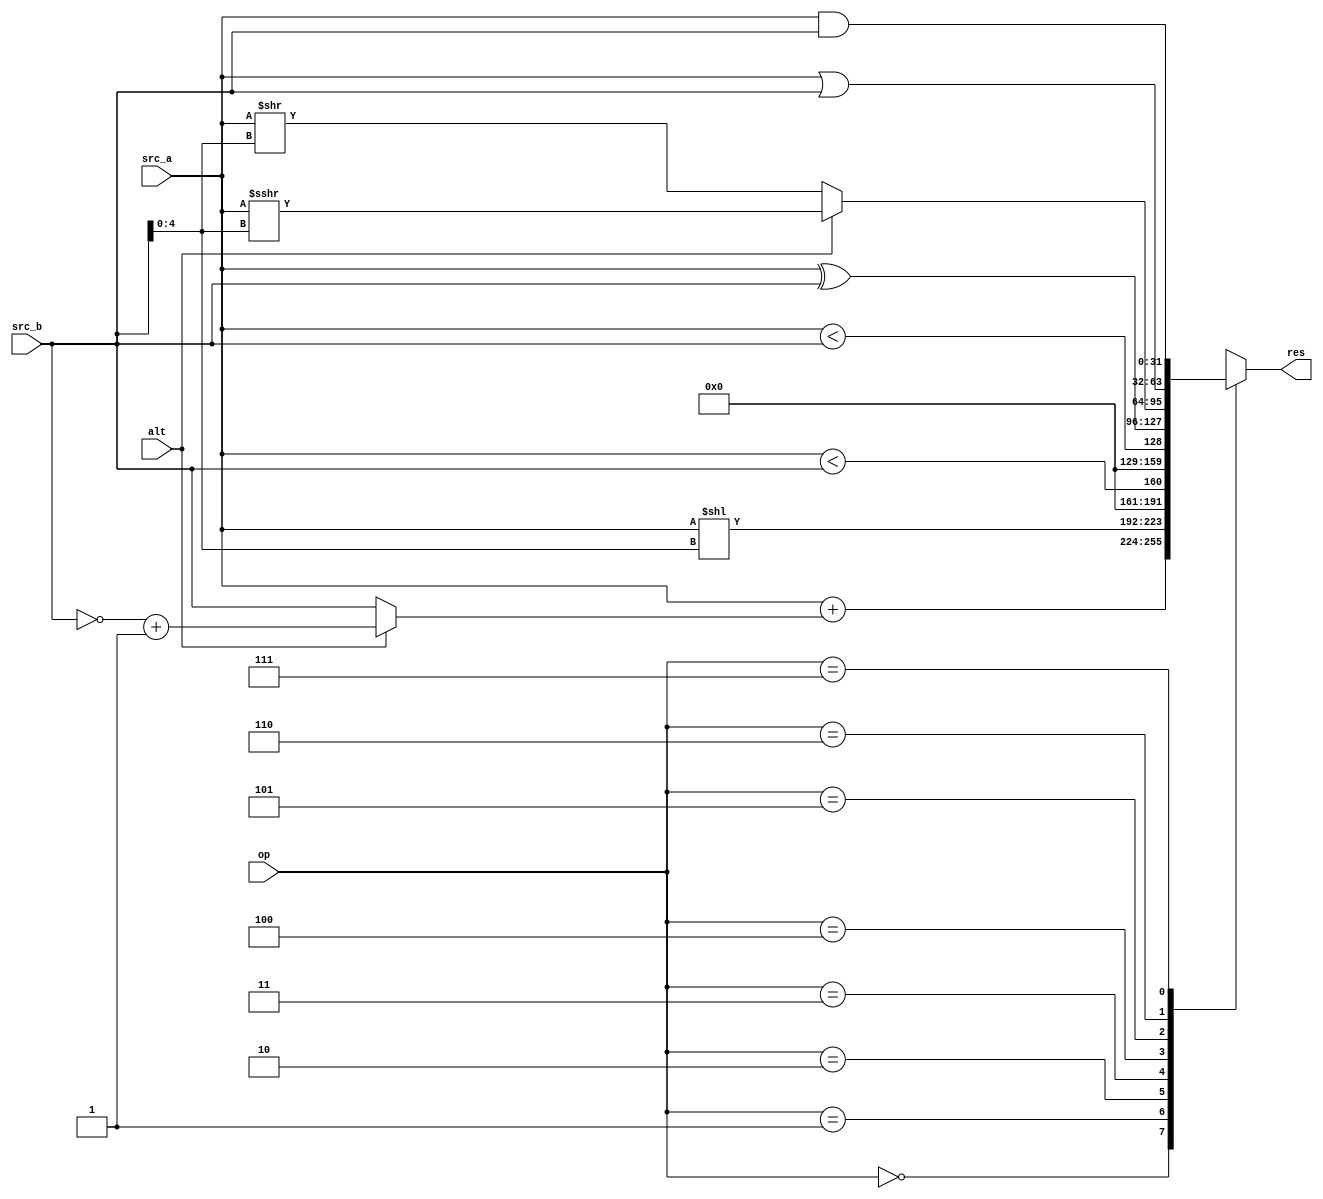
module alu(
    input [31:0]src_a,
    input [31:0]src_b,
    input [2:0]op,
    input alt,

    output reg [31:0]res
);

wire signed [31:0]sign_a = src_a;
wire signed [31:0]sign_b = src_b;
wire [4:0]shamt = src_b[4:0];

always @(*) begin
    case (op)
        3'b000: res = src_a + (alt ? (~src_b + 32'b1) : src_b); // ADD, SUB
        3'b001: res = src_a << shamt;   // SLL
        3'b010: res = sign_a < sign_b;  // SLT
        3'b011: res = src_a < src_b;    // SLTU
        3'b100: res = src_a ^ src_b;    // XOR
        3'b101: res = alt ? (sign_a >>> shamt) : (src_a >> shamt);  // SRA, SRL
        3'b110: res = src_a | src_b;    // OR
        3'b111: res = src_a & src_b;    // AND
    endcase
end

endmodule